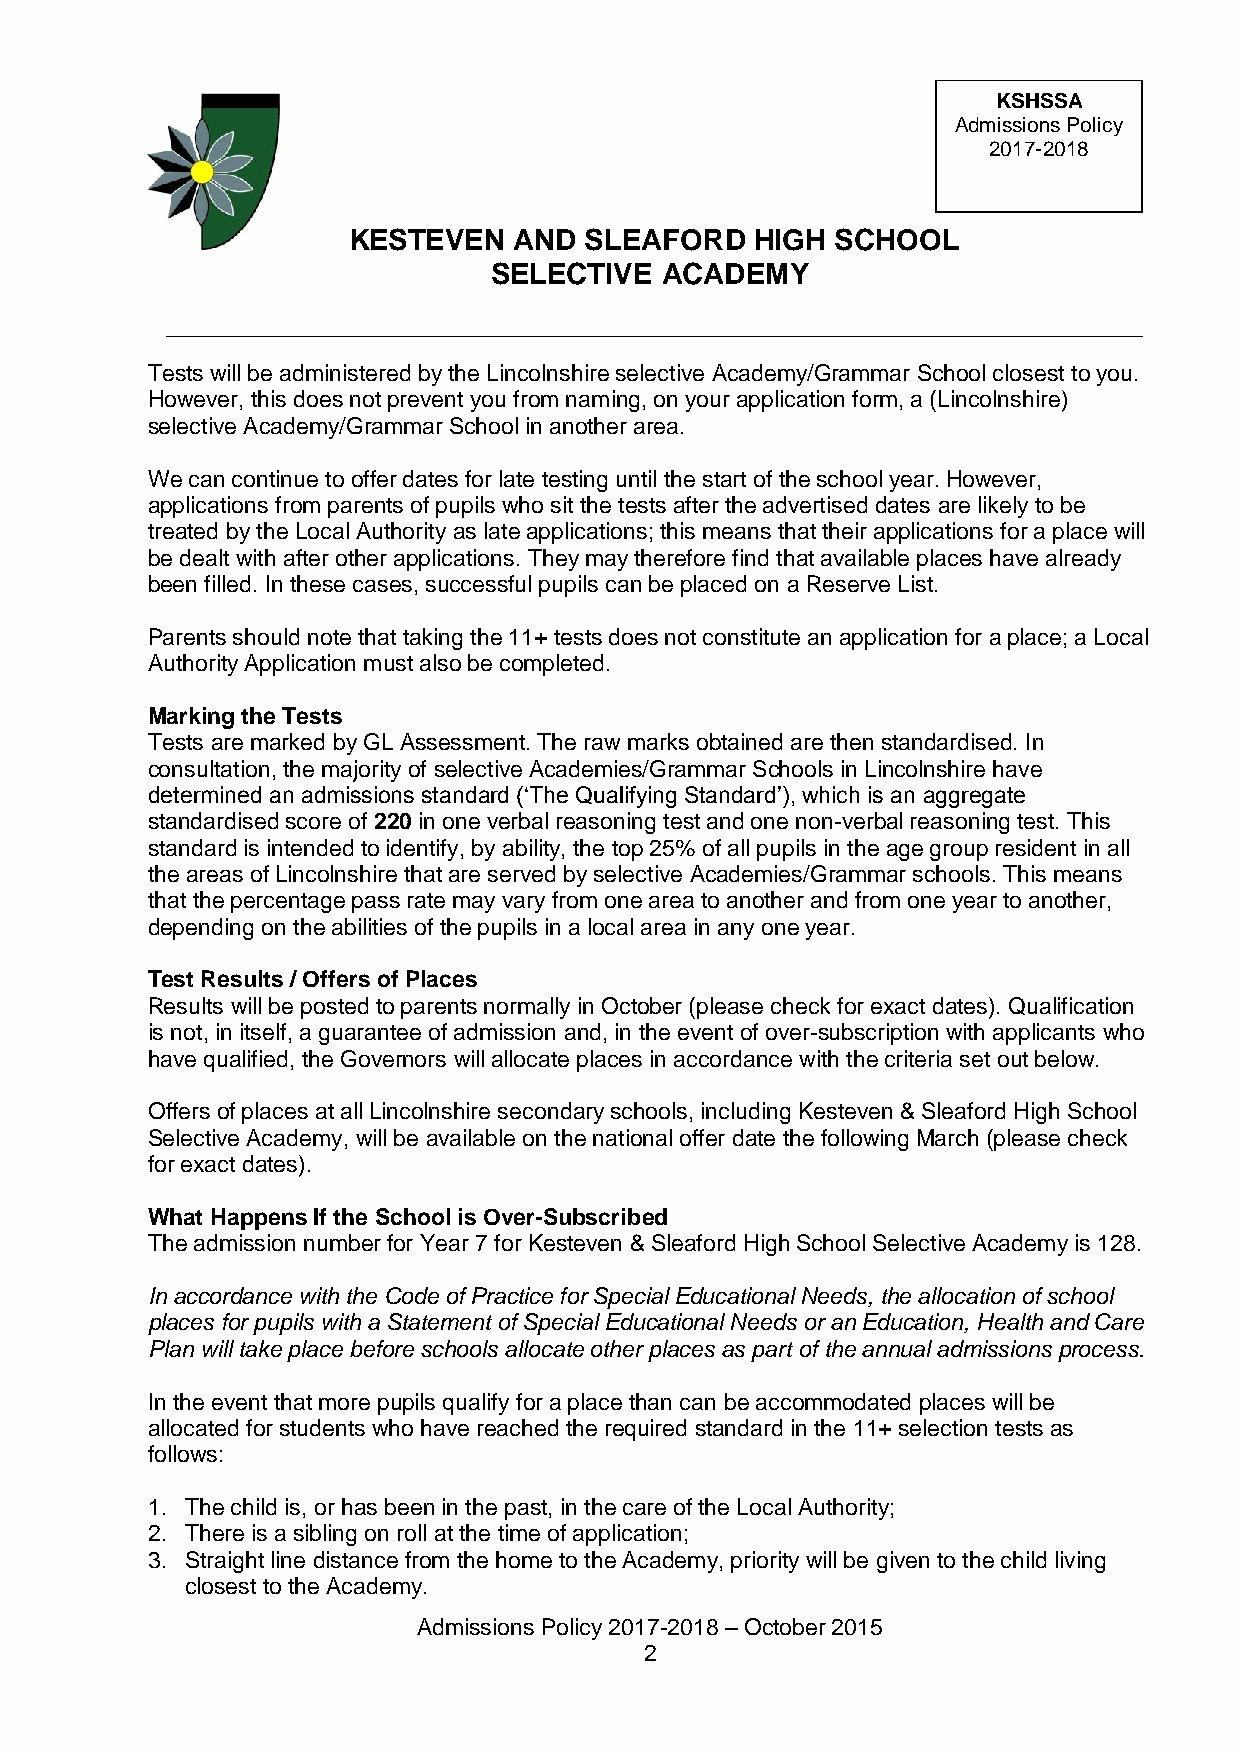
KSHSSA
 Admissions Policy
 2017-2018
 KESTEVEN   AND  SLEAFORD   HIGH SCHOOL
 SELECTIVE   ACADEMY
 Tests will be administered by the Lincolnshire selective Academy/Grammar School closest to you.
 However, this does not prevent you from naming, on your application form, a (Lincolnshire)
 selective Academy/Grammar School in another area.
 We can continue to offer dates for late testing until the start of the school year. However,
 applications from parents of pupils who sit the tests after the advertised dates are likely to be
 treated by the Local Authority as late applications; this means that their applications for a place will
 be dealt with after other applications. They may therefore find that available places have already
 been filled. In these cases, successful pupils can be placed on a Reserve List.
 Parents should note that taking the 11+ tests does not constitute an application for a place; a Local
 Authority Application must also be completed.
 Marking the Tests
 Tests are marked by GL Assessment. The raw marks obtained are then standardised. In
 consultation, the majority of selective Academies/Grammar Schools in Lincolnshire have
 determined an admissions standard (‘The Qualifying Standard’), which is an aggregate
 standardised score of 220 in one verbal reasoning test and one non-verbal reasoning test. This
 standard is intended to identify, by ability, the top 25% of all pupils in the age group resident in all
 the areas of Lincolnshire that are served by selective Academies/Grammar schools. This means
 that the percentage pass rate may vary from one area to another and from one year to another,
 depending on the abilities of the pupils in a local area in any one year.
 Test Results / Offers of Places
 Results will be posted to parents normally in October (please check for exact dates). Qualification
 is not, in itself, a guarantee of admission and, in the event of over-subscription with applicants who
 have qualified, the Governors will allocate places in accordance with the criteria set out below.
 Offers of places at all Lincolnshire secondary schools, including Kesteven & Sleaford High School
 Selective Academy, will be available on the national offer date the following March (please check
 for exact dates).
 What Happens If the School is Over-Subscribed
 The admission number for Year 7 for Kesteven & Sleaford High School Selective Academy is 128.
 In accordance with the Code of Practice for Special Educational Needs, the allocation of school
 places for pupils with a Statement of Special Educational Needs or an Education, Health and Care
 Plan will take place before schools allocate other places as part of the annual admissions process.
 In the event that more pupils qualify for a place than can be accommodated places will be
 allocated for students who have reached the required standard in the 11+ selection tests as
 follows:
 1. The child is, or has been in the past, in the care of the Local Authority;
 2. There is a sibling on roll at the time of application;
 3. Straight line distance from the home to the Academy, priority will be given to the child living
 closest to the Academy.
 Admissions Policy 2017-2018 – October 2015
 2